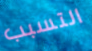
التسبب